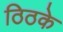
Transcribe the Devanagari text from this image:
ठिठके